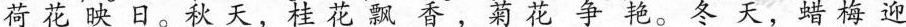
荷花映日。秋天，桂花飘杳，菊花争艳。冬天，蜡梅迎